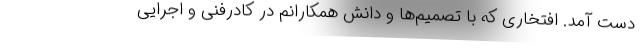
دست آمد. افتخاری که با تصمیم‌ها و دانش همکارانم در کادرفنی و اجرایی